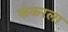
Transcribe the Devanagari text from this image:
कंकरला